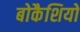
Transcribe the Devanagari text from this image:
बोकैशियो